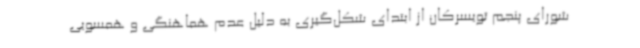
شورای پنجم تویسرکان از ابتدای شکل‌گیری به دلیل عدم هماهنگی و همسویی